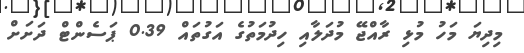
މިދިޔަ މަހު މުޅި ރާއްޖޭ މުދަލާއި ހިދުމަތުގެ އަގުތައް 0.39 ޕަސެންޓް ދަށަށް